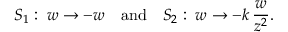
S _ { 1 } : \; w \to - w \quad \mathrm { a n d } \quad S _ { 2 } : \; w \to - k \, { \frac { w } { z ^ { 2 } } } .